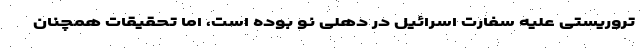
تروریستی علیه سفارت اسرائیل در دهلی نو بوده است، اما تحقیقات همچنان